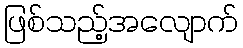
ဖြစ်သည့်အလျောက်